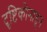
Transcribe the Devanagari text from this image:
दॄष्टिकोनातून